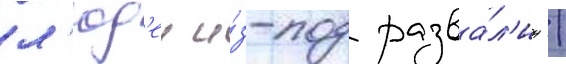
л'юд'еи и́з-под разва́л'ин /